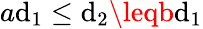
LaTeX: a\mathrm{d}_{1}\leq\mathrm{d}_{2}\leqb\mathrm{d}_{1}